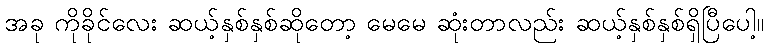
အခု ကိုခိုင်လေး ဆယ့်နှစ်နှစ်ဆိုတော့ မေမေ ဆုံးတာလည်း ဆယ့်နှစ်နှစ်ရှိပြီပေါ့။